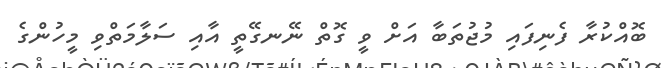
ބޮއްކުރާ ފެނިފައި މުޖުތަބާ އަށް ވީ ގޮތް ނޭނގޭތީ އާއި ސަލާމަތްވި މީހުންގެ